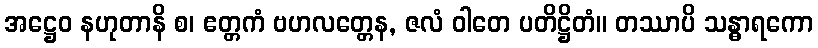
အဋ္ဌေဝ နဟုတာနိ စ၊ ဧတ္တကံ ဗဟလတ္တေန, ဇလံ ဝါတေ ပတိဋ္ဌိတံ။ တဿာပိ သန္ဓာရကော